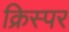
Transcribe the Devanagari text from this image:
क्रिस्पर